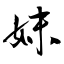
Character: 妺